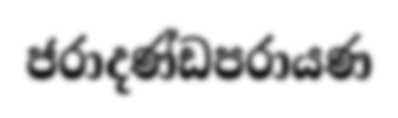
ජරාදණ්ඩපරායණ